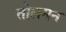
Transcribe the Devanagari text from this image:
तोलमन